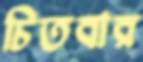
চিতবার